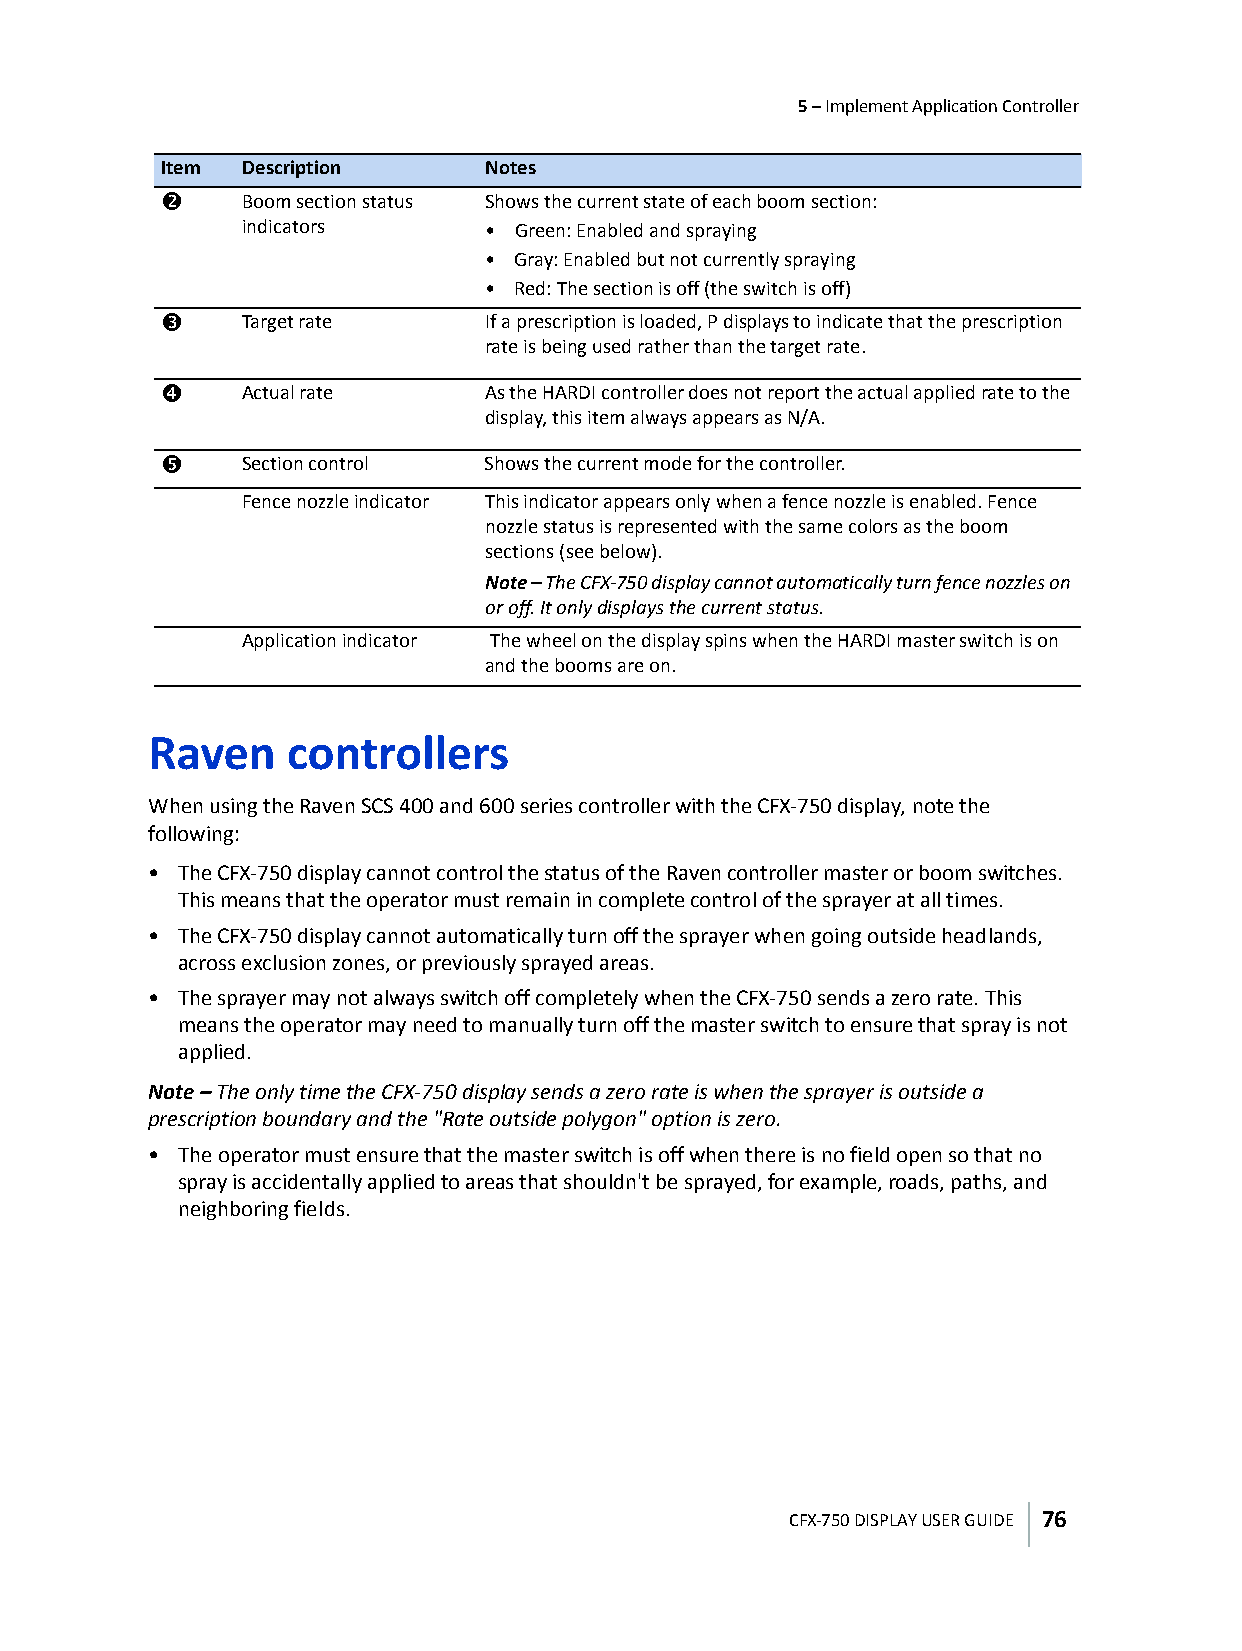
5 – Implement Application Controller
 Item Description     Notes
 d    Boom section status Shows the current state of each boom section:
 indicators      • Green: Enabled and spraying
 • Gray: Enabled but not currently spraying
 • Red: The section is off (the switch is off)
 e    Target rate     If a prescription is loaded, P displays to indicate that the prescription
 rate is being used rather than the target rate.
 f    Actual rate     As the HARDI controller does not report the actual applied rate to the
 display, this item always appears as N/A.
 g    Section control Shows the current mode for the controller.
 Fence nozzle indicator This indicator appears only when a fence nozzle is enabled. Fence
 nozzle status is represented with the same colors as the boom
 sections (see below).
 Note – The CFX-750 display cannot automatically turn fence nozzles on
 or off. It only displays the current status.
 Application indicator The wheel on the display spins when the HARDI master switch is on
 and the booms are on.
 Raven    controllers
 When using the Raven SCS 400 and 600 series controller with the CFX-750 display, note the
 following:
 • The CFX-750 display cannot control the status of the Raven controller master or boom switches.
 This means that the operator must remain in complete control of the sprayer at all times.
 • The CFX-750 display cannot automatically turn off the sprayer when going outside headlands,
 across exclusion zones, or previously sprayed areas.
 • The sprayer may not always switch off completely when the CFX-750 sends a zero rate. This
 means the operator may need to manually turn off the master switch to ensure that spray is not
 applied.
 Note – The only time the CFX-750 display sends a zero rate is when the sprayer is outside a
 prescription boundary and the "Rate outside polygon" option is zero.
 • The operator must ensure that the master switch is off when there is no field open so that no
 spray is accidentally applied to areas that shouldn't be sprayed, for example, roads, paths, and
 neighboring fields.
 CFX-750 DISPLAY USER GUIDE 76